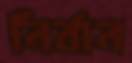
নির্বান